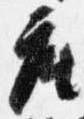
座